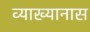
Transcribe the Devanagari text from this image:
व्याख्यानास